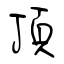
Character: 頂